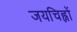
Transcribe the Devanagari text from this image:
जयचिह्नों